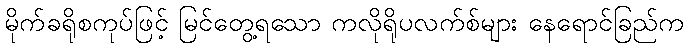
မိုက်ခရိုစကုပ်ဖြင့် မြင်တွေ့ရသော ကလိုရိုပလက်စ်များ နေရောင်ခြည်က